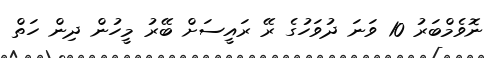
ނޮވެމްބަރު 10 ވަނަ ދުވަހުގެ ރޭ ރައީސަށް ބޭރު މީހުން ދިން ހަތް